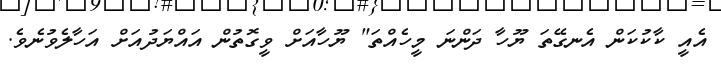
އެއީ ކާކުކަން އެނގޭތަ ޔޫހާ ދަންނަ މީހެއްތަ" ޔޫހާއަށް ވީގޮތުން އައްޔަދުއަށް އަހާލެވުނެވެ.